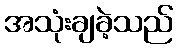
အသုံးချခဲ့သည်